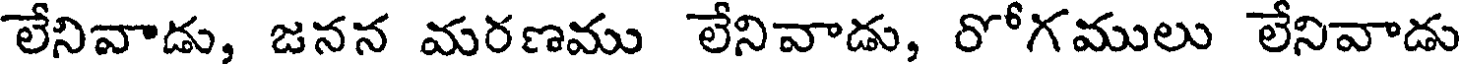
లేనివాడు, జనన మరణము లేనివాడు, రోగములు లేనివాడు